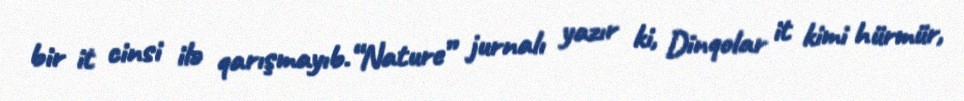
bir it cinsi ilə qarışmayıb.“Nature” jurnalı yazır ki, Dinqolar it kimi hürmür,